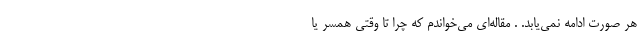
هر صورت ادامه نمی‌یابد. . مقاله‌ای می‌خواندم که چرا تا وقتی همسر یا